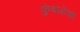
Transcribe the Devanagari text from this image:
कुंबळेचा